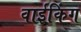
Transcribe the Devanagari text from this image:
वाईकिंग